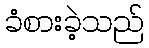
ခံစားခဲ့သည်